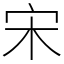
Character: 宋